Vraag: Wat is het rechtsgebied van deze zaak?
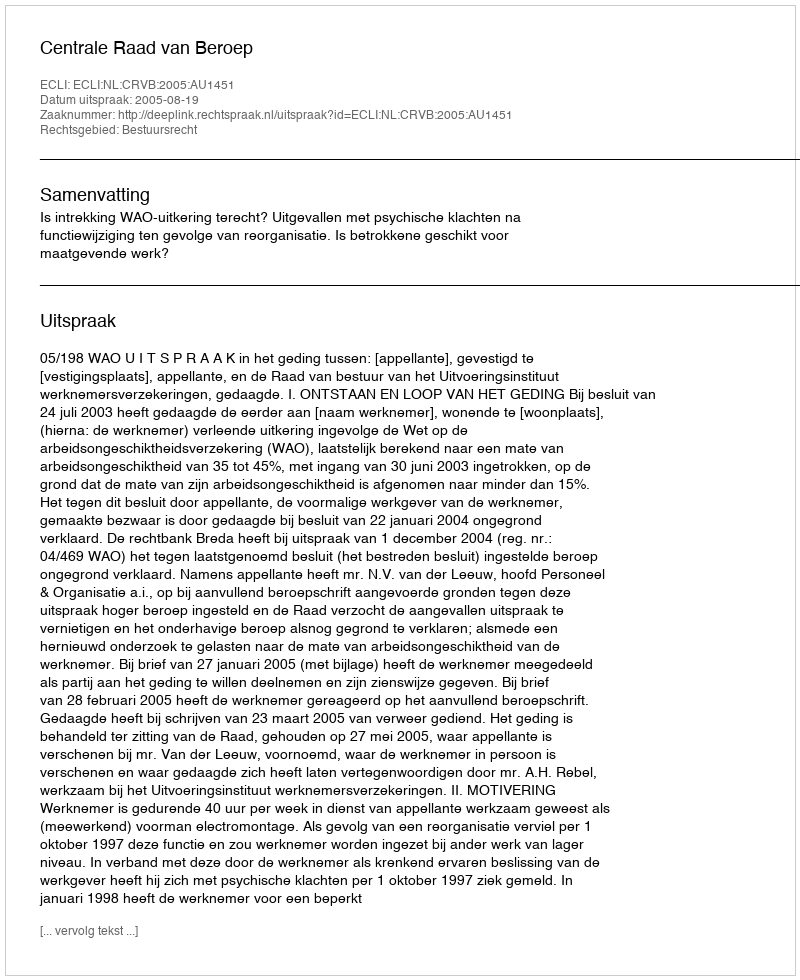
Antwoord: Bestuursrecht